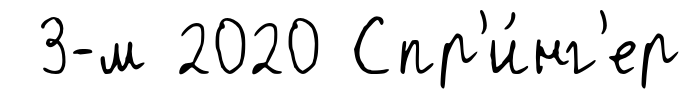
3-м 2020 Спр'и́нг'ер